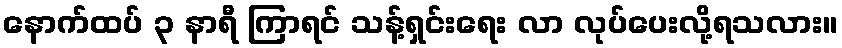
နောက်ထပ် ၃ နာရီ ကြာရင် သန့်ရှင်းရေး လာ လုပ်ပေးလို့ရသလား။